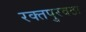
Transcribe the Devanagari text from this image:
रक्‍तपुरवठा